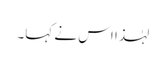
لہٰذا اس نے کہا۔